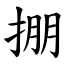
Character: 掤